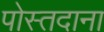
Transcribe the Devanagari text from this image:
पोस्तदाना